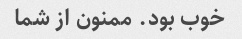
خوب بود. ممنون از شما